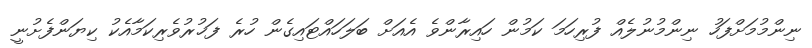
ނިންމުމަށްފަހު ނިންމުނުލެއް ފުރިހަމަ ކަމުން ހައިރާންވެ އެއަށް ބަލަހައްޓައިގެން ހުރެ ފަޚުރުވެރިކަމާއެކު ކިޔަންފެށުނީ